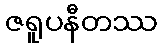
ဇရူပနီတဿ